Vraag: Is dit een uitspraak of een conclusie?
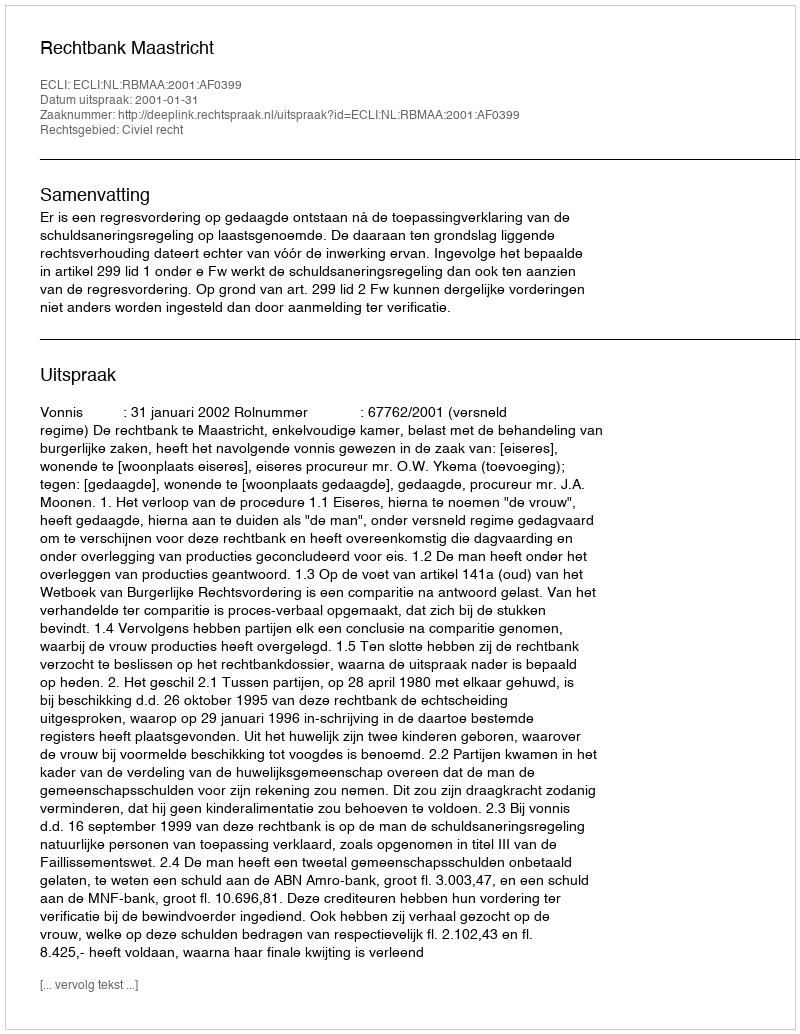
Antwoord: Uitspraak